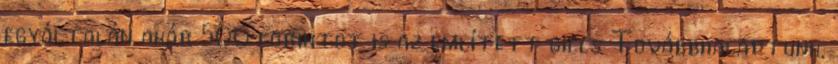
egyáltalán akár 500 forintot is az említett giccs Továbbhaladtunk,